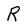
Character: R